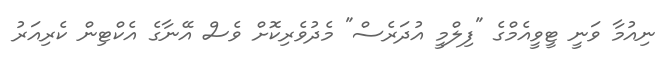
ނިއުމާ ވަނީ ޓީވީއެމްގެ "ފިލްމީ އުދަރެސް" މެދުވެރިކޮށް ވެސް އޭނާގެ އެކްޓިން ކެރިއަރު